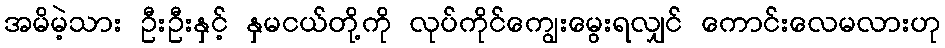
အမိမဲ့သား ဦးဦးနှင့် နှမငယ်တို့ကို လုပ်ကိုင်ကျွေးမွေးရလျှင် ကောင်းလေမလားဟု